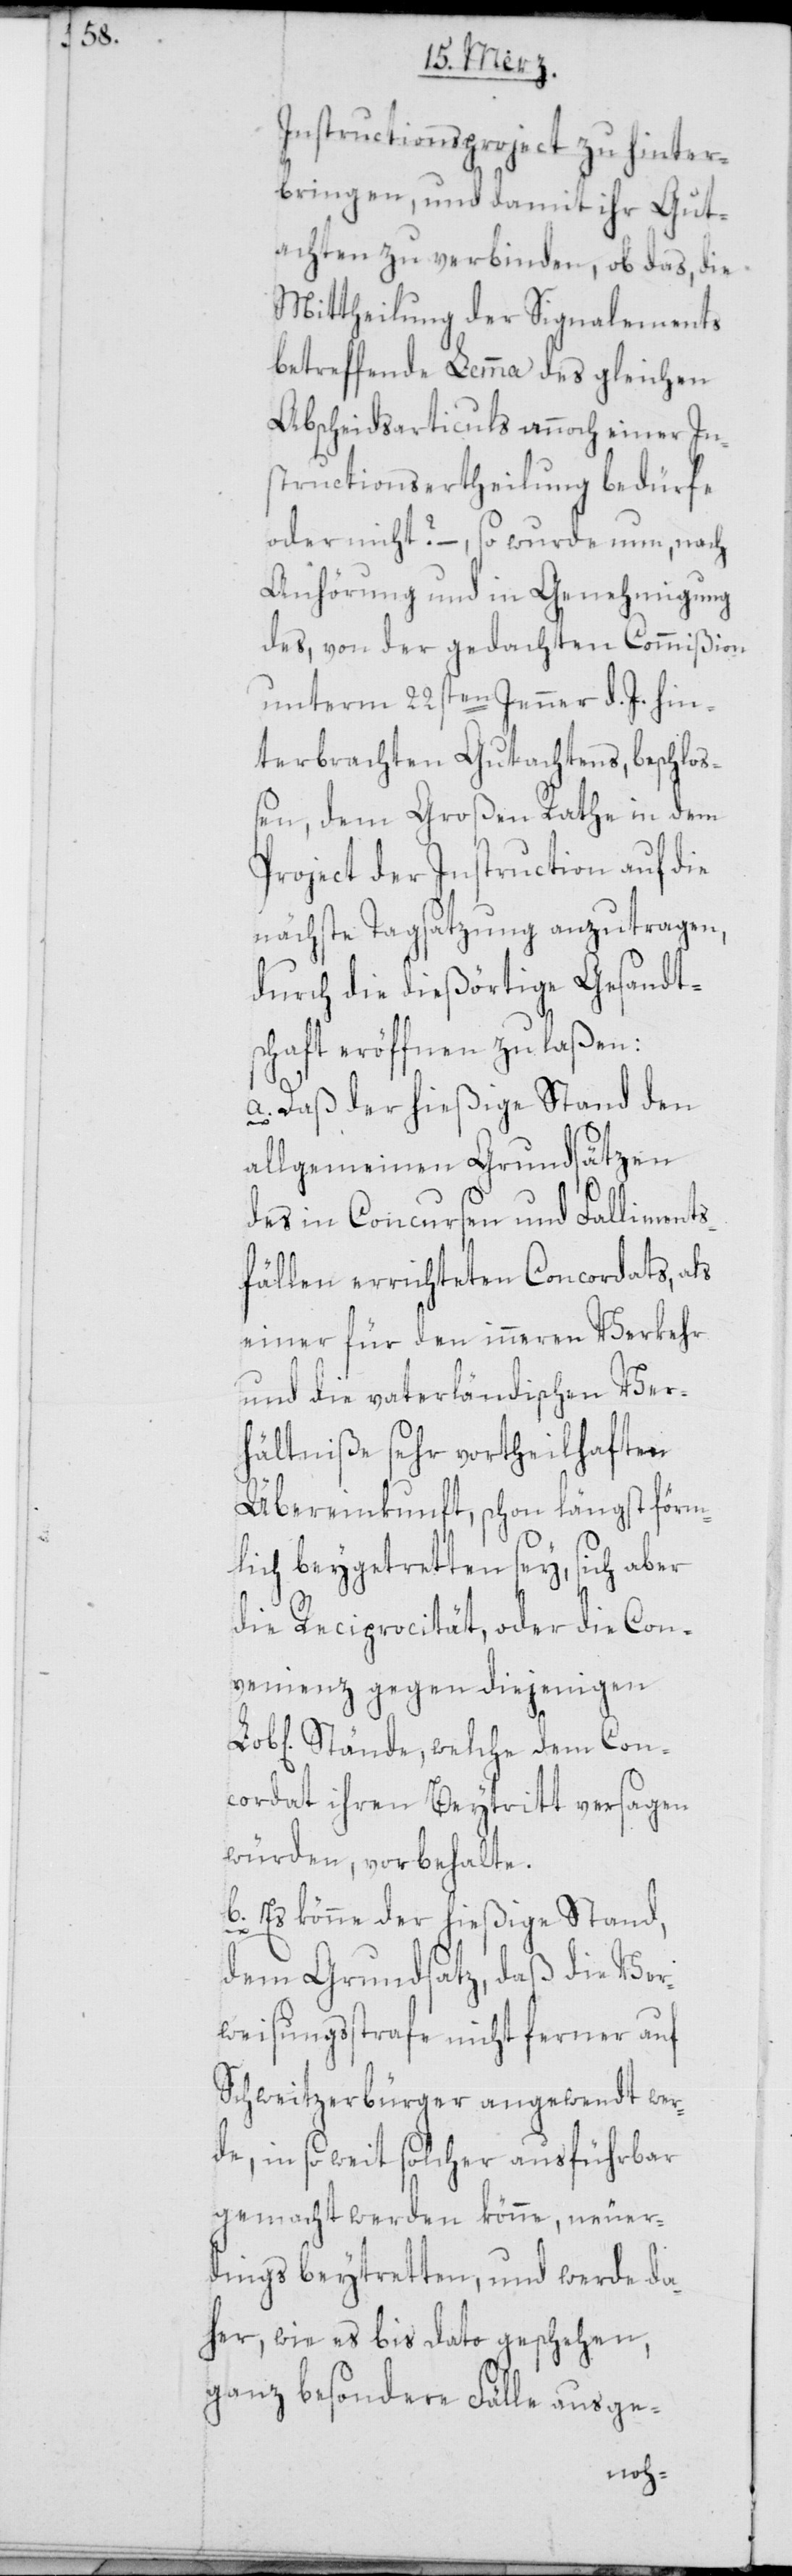
Instructionsproject zu hinter¬
bringen, und damit ihr Gut¬
achten zu verbinden, ob das, die
Mittheilung der Signalements
betreffende Lemma des gleichen
Abscheidsarticuls annoch einer In¬
structionsertheilung bedürfe
oder nicht? –, so wurde nun, nach
Anhörung und in Genehmigung
des, von der gedachten Commißion
unterm 22sten Jenner d. J. hin¬
terbrachten Gutachtens, beschloß¬
en, dem Großen Rathe in dem
Project der Instruction auf die
nächste Tagsatzung anzutragen,
durch die dießörtige Gesandt¬
schaft eröffnen zu laßen:
a. Daß der hießige Stand den
allgemeinen Grundsätzen
des in Concursen und Falliments¬
fällen errichteten Concordats, als
einer für den inneren Verkehr
und die vaterländischen Ver¬
hältniße sehr vortheilhaften
Übereinkunft, schon längst förm¬
lich beygetretten sey, sich aber
die Reciprocität, oder die Con¬
venienz gegen diejenigen
Stände, welche dem Con¬
cordat ihren Beytritt versagen
würden, vorbehalte.
b. Es könne der hießige Stand,
dem Grundsatz, daß die Ver¬
weisungsstrafe nicht ferner auf
Schweitzerbürger angewendt wer¬
de, in so weit solcher ausführbar
gemacht werden könne, neuer¬
dings beytretten, und werde da¬
her, wie es bis dato geschehen,
ganz besondere Fälle ausge-